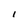
Character: l